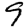
Digit: 9